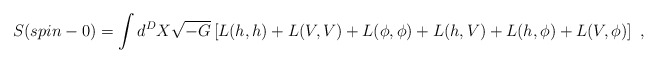
\begin{align*}S(spin-0)= \int d^D X \sqrt{-G}\left[L(h,h) + L(V,V) + L(\phi,\phi)+ L(h,V) + L(h,\phi) +L(V,\phi)\right]~,\end{align*}